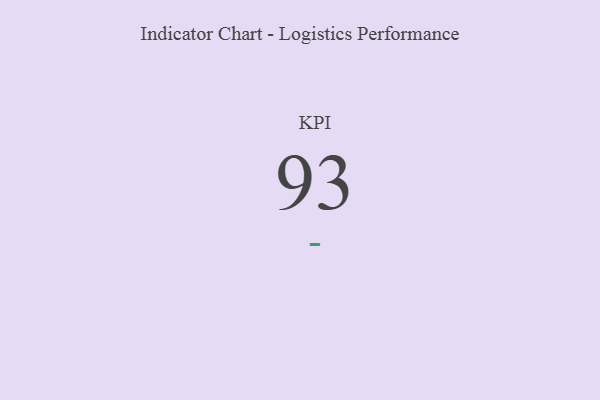
{"axis": {"x": "KPI", "y": "Value"}, "legend": [""], "data": [{"x": "KPI", "y": 93, "type": ""}]}